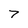
Character: 7